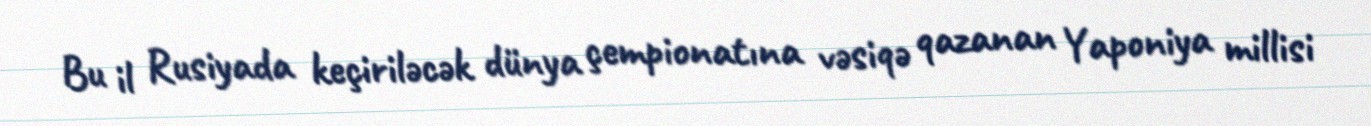
Bu il Rusiyada keçiriləcək dünya çempionatına vəsiqə qazanan Yaponiya millisi